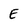
Character: E